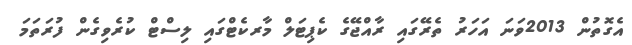
އެގޮތުން 2013ވަނަ އަހަރު ތެރޭގައި ރާއްޖޭގެ ކެޕިޓަލް މާރކެޓްގައި ލިސްޓް ކުރެވިގެން ފުރަތަމަ